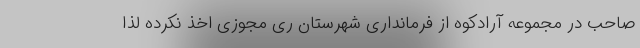
صاحب در مجموعه آرادکوه از فرمانداری شهرستان ری مجوزی اخذ نکرده لذا